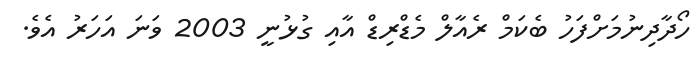
ހޯދާދިނުމަށްފަހު ބެކަމް ރެއާލް މެޑްރިޑް އާއި ގުޅުނީ 2003 ވަނަ އަހަރު އެވެ.